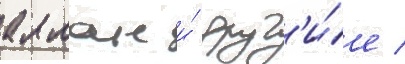
аллан и́ друг'и́е /